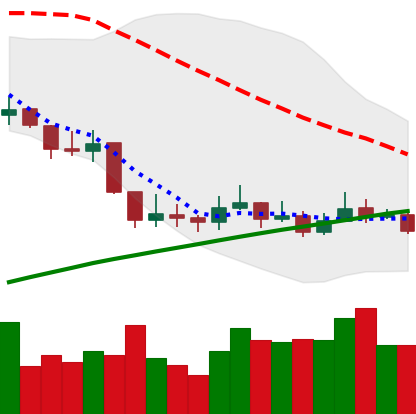
Ticker: LINK-USD
Chart end date: 2019-09-11
Forward return: -8.842%
Label: down_7plus